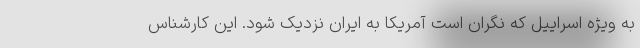
به ویژه اسراییل که نگران است آمریکا به ایران نزدیک شود. این کارشناس